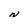
Character: N